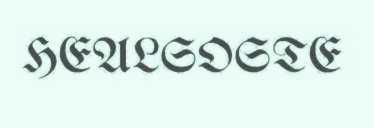
HEALSOSTE